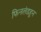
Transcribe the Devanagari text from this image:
फिनलंडहून